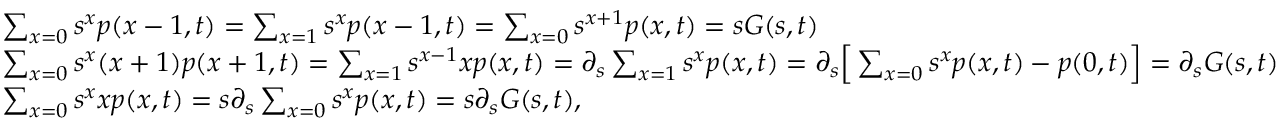
\begin{array} { r l } & { \sum _ { x = 0 } s ^ { x } p ( x - 1 , t ) = \sum _ { x = 1 } s ^ { x } p ( x - 1 , t ) = \sum _ { x = 0 } s ^ { x + 1 } p ( x , t ) = s G ( s , t ) } \\ & { \sum _ { x = 0 } s ^ { x } ( x + 1 ) p ( x + 1 , t ) = \sum _ { x = 1 } s ^ { x - 1 } x p ( x , t ) = \partial _ { s } \sum _ { x = 1 } s ^ { x } p ( x , t ) = \partial _ { s } \Big [ \sum _ { x = 0 } s ^ { x } p ( x , t ) - p ( 0 , t ) \Big ] = \partial _ { s } G ( s , t ) } \\ & { \sum _ { x = 0 } s ^ { x } x p ( x , t ) = s \partial _ { s } \sum _ { x = 0 } s ^ { x } p ( x , t ) = s \partial _ { s } G ( s , t ) , } \end{array}